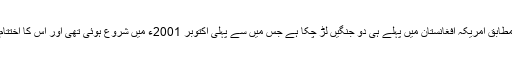
سی آئی اے کے ایک سابق آفسر ، رابرٹ گرینر ، کے مطابق امریکہ افغانستان میں پہلے ہی دو جنگیں لڑ چکا ہے جس میں سے پہلی اکتوبر 2001ء میں شروع ہوئی تھی اور اس کا اختتام امریکی افواج کی فتح اور طالبان کی شکست پر ہو اتھا۔